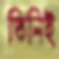
তিনিই